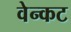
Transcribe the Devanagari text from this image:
वेन्कट